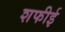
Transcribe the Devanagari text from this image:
शफीई